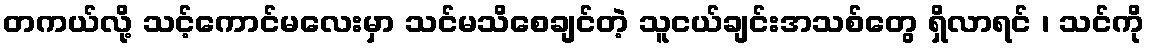
တကယ်လို့ သင့်ကောင်မလေးမှာ သင်မသိစေချင်တဲ့ သူငယ်ချင်းအသစ်တွေ ရှိလာရင် ၊ သင်ကို